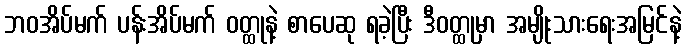
ဘဝအိပ်မက် ပန်းအိပ်မက် ဝတ္ထုနဲ့ စာပေဆု ရခဲ့ပြီး ဒီဝတ္ထုမှာ အမျိုးသားရေးအမြင်နဲ့